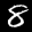
Label: 8